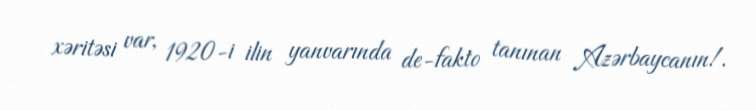
xəritəsi var, 1920-i ilin yanvarında de-fakto tanınan Azərbaycanın!.